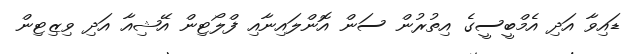
ޑައިވާ އަދި އެމްބީސީގެ އިތުރުން ސަން އޮންލައިނާއި ފްލޯޓިން އޭޝިއާ އަދި ވިޒިޓިން